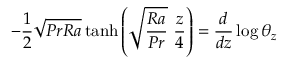
- \frac { 1 } { 2 } \sqrt { P r R a } \operatorname { t a n h } { \left( \sqrt { \frac { R a } { P r } } \ \frac { z } { 4 } \right) } = \frac { d } { d z } \log { \theta _ { z } }